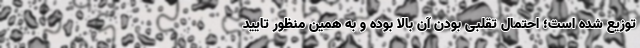
توزیع ‌شده است؛ احتمال تقلبی بودن آن بالا بوده و به همین منظور تایید